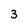
Character: 3